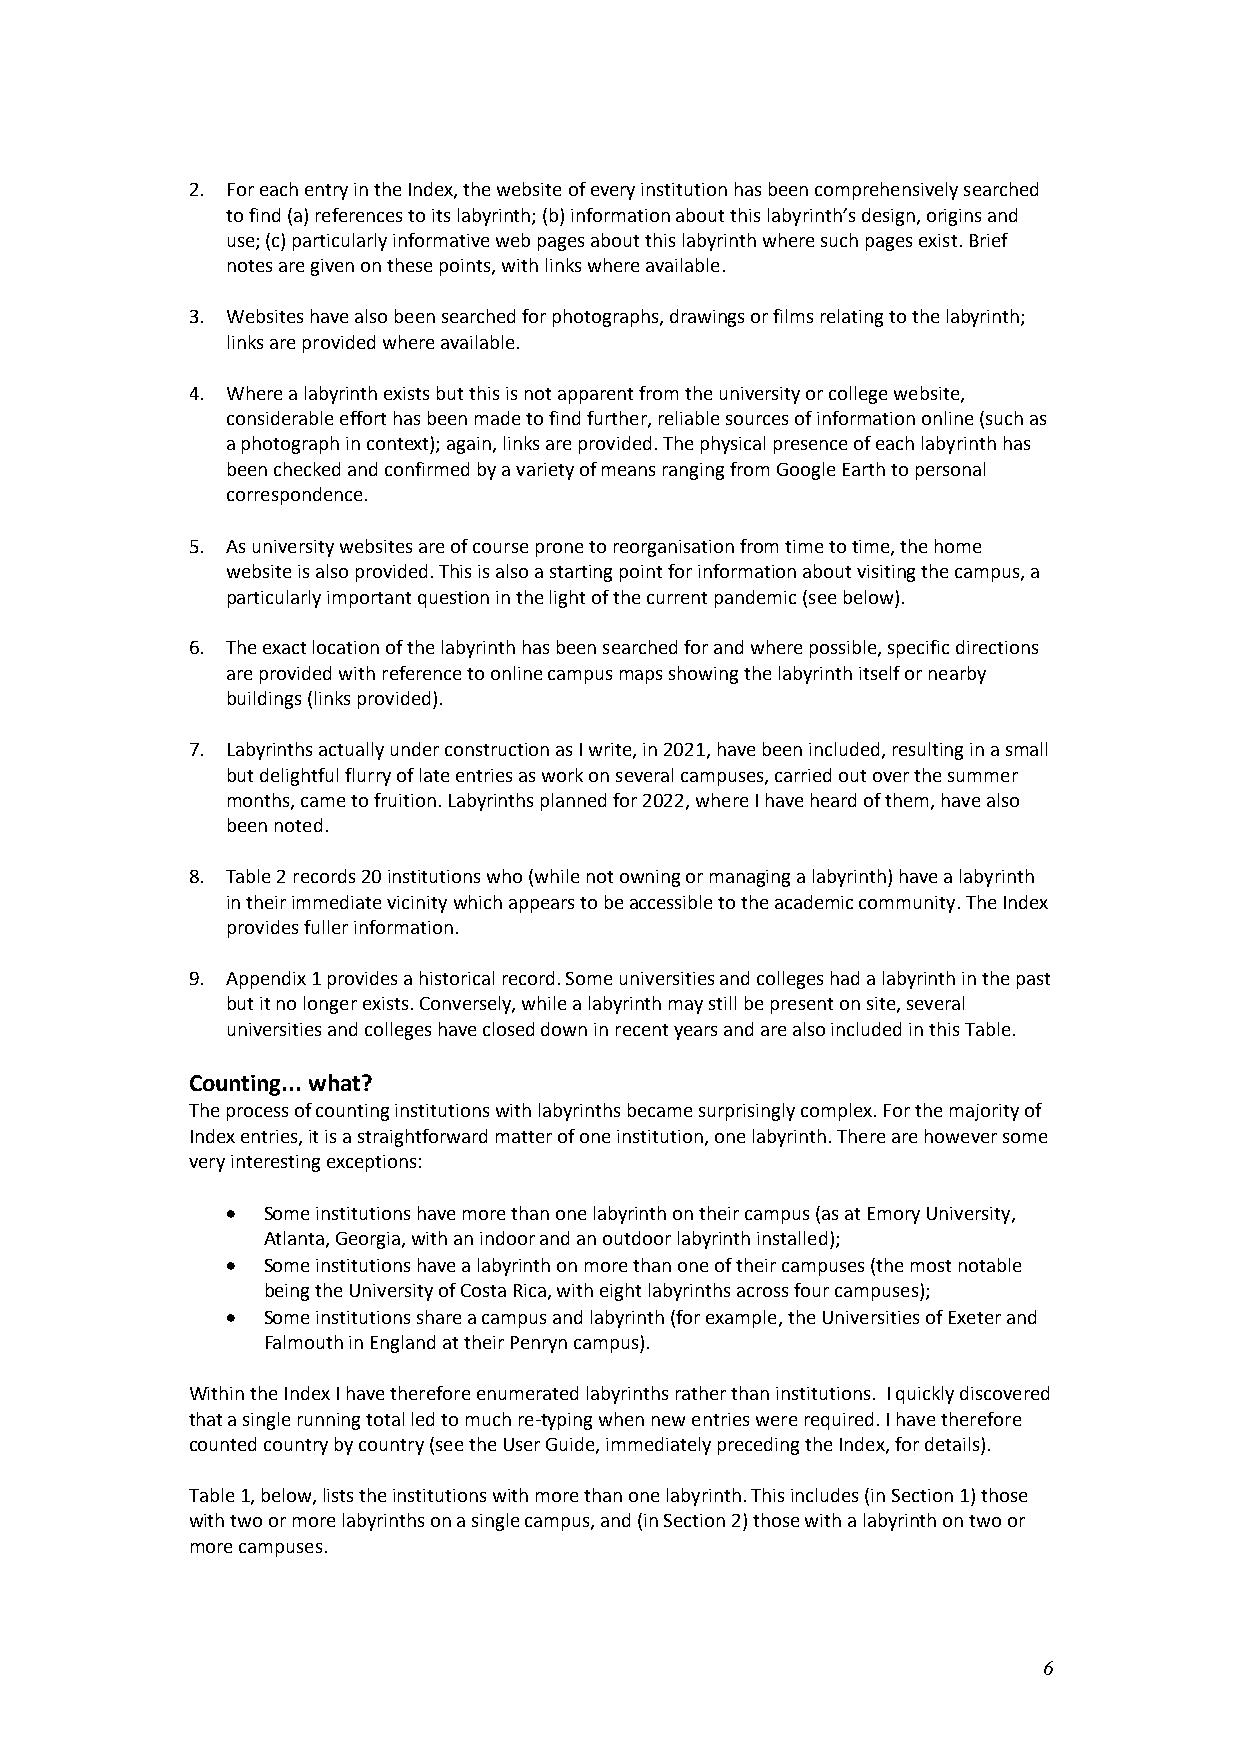
2. For each entry in the Index, the website of every institution has been comprehensively searched
 to find (a) references to its labyrinth; (b) information about this labyrinth’s design, origins and
 use; (c) particularly informative web pages about this labyrinth where such pages exist. Brief
 notes are given on these points, with links where available.
 3. Websites have also been searched for photographs, drawings or films relating to the labyrinth;
 links are provided where available.
 4. Where a labyrinth exists but this is not apparent from the university or college website,
 considerable effort has been made to find further, reliable sources of information online (such as
 a photograph in context); again, links are provided. The physical presence of each labyrinth has
 been checked and confirmed by a variety of means ranging from Google Earth to personal
 correspondence.
 5. As university websites are of course prone to reorganisation from time to time, the home
 website is also provided. This is also a starting point for information about visiting the campus, a
 particularly important question in the light of the current pandemic (see below).
 6. The exact location of the labyrinth has been searched for and where possible, specific directions
 are provided with reference to online campus maps showing the labyrinth itself or nearby
 buildings (links provided).
 7. Labyrinths actually under construction as I write, in 2021, have been included, resulting in a small
 but delightful flurry of late entries as work on several campuses, carried out over the summer
 months, came to fruition. Labyrinths planned for 2022, where I have heard of them, have also
 been noted.
 8. Table 2 records 20 institutions who (while not owning or managing a labyrinth) have a labyrinth
 in their immediate vicinity which appears to be accessible to the academic community. The Index
 provides fuller information.
 9. Appendix 1 provides a historical record. Some universities and colleges had a labyrinth in the past
 but it no longer exists. Conversely, while a labyrinth may still be present on site, several
 universities and colleges have closed down in recent years and are also included in this Table.
 Counting... what?
 The process of counting institutions with labyrinths became surprisingly complex. For the majority of
 Index entries, it is a straightforward matter of one institution, one labyrinth. There are however some
 very interesting exceptions:
 • Some institutions have more than one labyrinth on their campus (as at Emory University,
 Atlanta, Georgia, with an indoor and an outdoor labyrinth installed);
 • Some institutions have a labyrinth on more than one of their campuses (the most notable
 being the University of Costa Rica, with eight labyrinths across four campuses);
 • Some institutions share a campus and labyrinth (for example, the Universities of Exeter and
 Falmouth in England at their Penryn campus).
 Within the Index I have therefore enumerated labyrinths rather than institutions. I quickly discovered
 that a single running total led to much re-typing when new entries were required. I have therefore
 counted country by country (see the User Guide, immediately preceding the Index, for details).
 Table 1, below, lists the institutions with more than one labyrinth. This includes (in Section 1) those
 with two or more labyrinths on a single campus, and (in Section 2) those with a labyrinth on two or
 more campuses.
 6